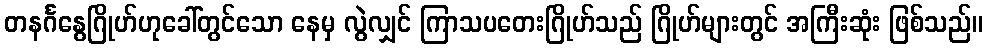
တနင်္ဂနွေဂြိုဟ်ဟုခေါ်တွင်သော နေမှ လွဲလျှင် ကြာသပတေးဂြိုဟ်သည် ဂြိုဟ်များတွင် အကြီးဆုံး ဖြစ်သည်။